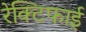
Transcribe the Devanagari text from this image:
रेक्टिफाई